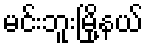
မင်းဘူးမြို့နယ်